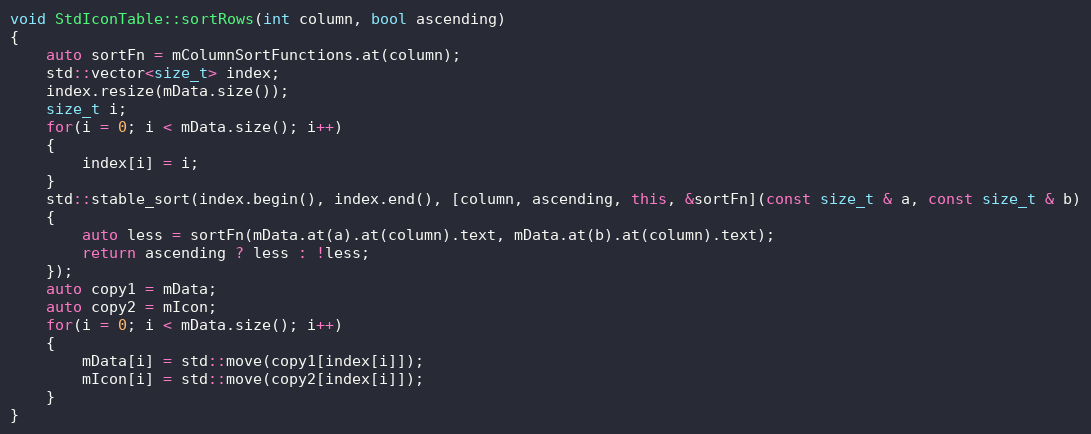
Language: C++
void StdIconTable::sortRows(int column, bool ascending)
{
    auto sortFn = mColumnSortFunctions.at(column);
    std::vector<size_t> index;
    index.resize(mData.size());
    size_t i;
    for(i = 0; i < mData.size(); i++)
    {
        index[i] = i;
    }
    std::stable_sort(index.begin(), index.end(), [column, ascending, this, &sortFn](const size_t & a, const size_t & b)
    {
        auto less = sortFn(mData.at(a).at(column).text, mData.at(b).at(column).text);
        return ascending ? less : !less;
    });
    auto copy1 = mData;
    auto copy2 = mIcon;
    for(i = 0; i < mData.size(); i++)
    {
        mData[i] = std::move(copy1[index[i]]);
        mIcon[i] = std::move(copy2[index[i]]);
    }
}